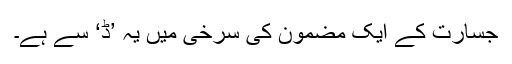
جسارت کے ایک مضمون کی سرخی میں یہ ’ڈ‘ سے ہے۔